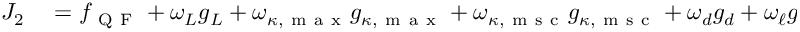
\begin{array} { r l } { J _ { 2 } } & { { } = f _ { \mathrm { ~ Q ~ F ~ } } + \omega _ { L } g _ { L } + \omega _ { \kappa , \mathrm { ~ m ~ a ~ x ~ } } g _ { \kappa , \mathrm { ~ m ~ a ~ x ~ } } + \omega _ { \kappa , \mathrm { ~ m ~ s ~ c ~ } } g _ { \kappa , \mathrm { ~ m ~ s ~ c ~ } } + \omega _ { d } g _ { d } + \omega _ { \ell } g _ { \ell } , } \end{array}